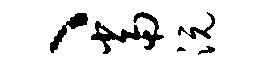
、当沅